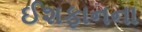
ઈશફાનના